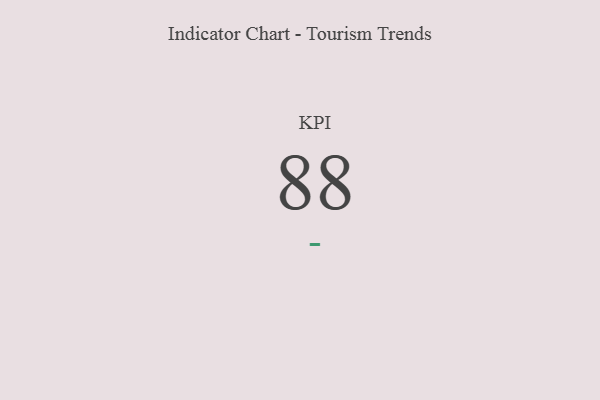
{"axis": {"x": "KPI", "y": "Value"}, "legend": [""], "data": [{"x": "KPI", "y": 88, "type": ""}]}